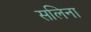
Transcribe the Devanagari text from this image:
सलिना